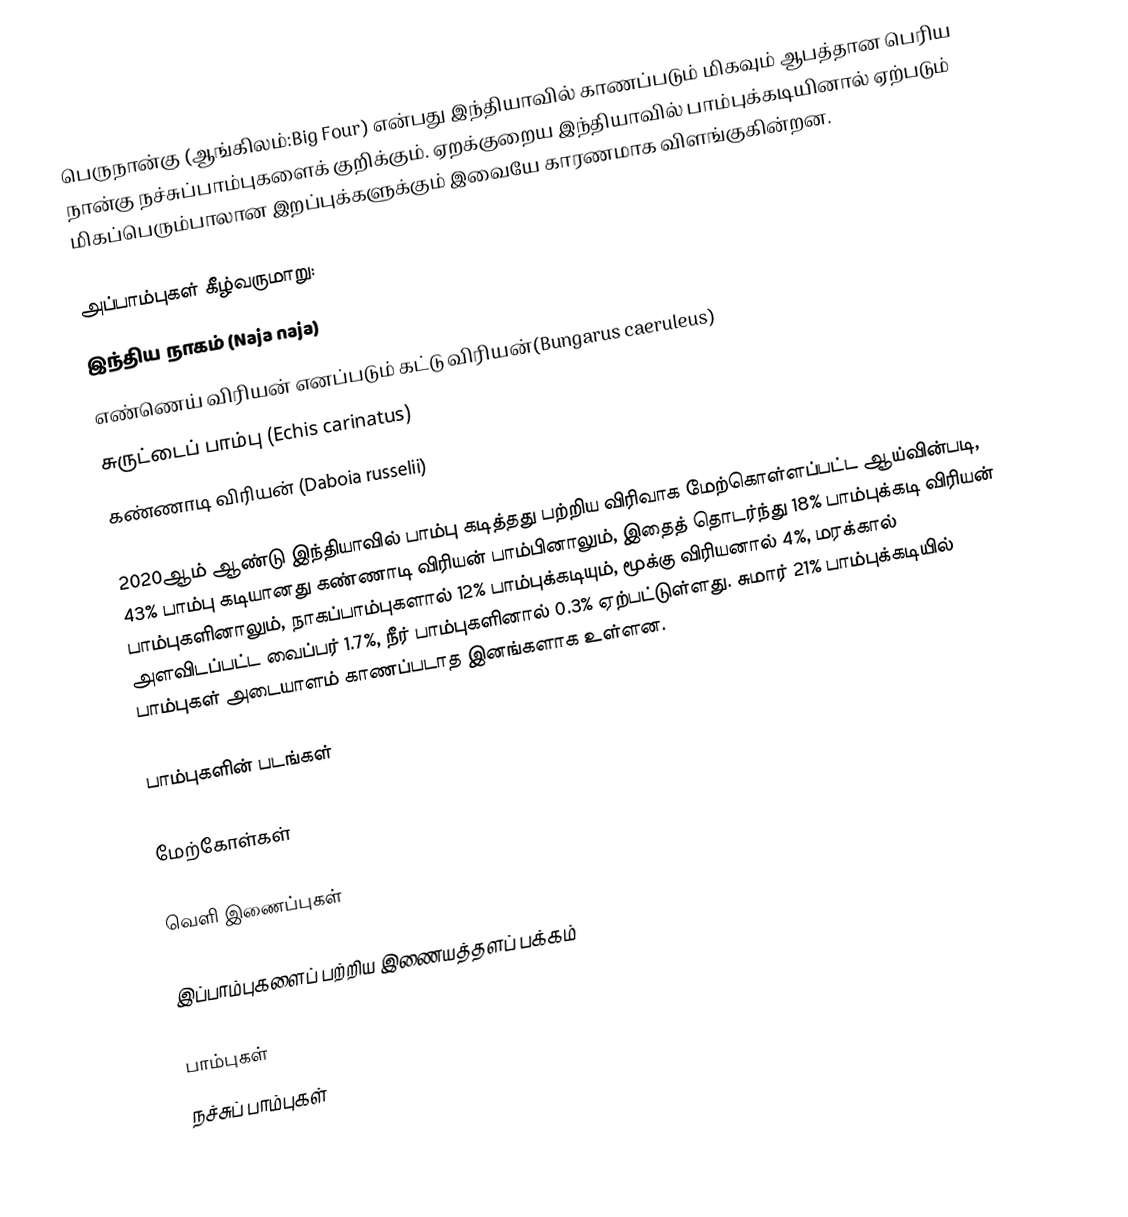
பெருநான்கு (ஆங்கிலம்:Big Four) என்பது இந்தியாவில் காணப்படும் மிகவும் ஆபத்தான பெரிய நான்கு நச்சுப்பாம்புகளைக் குறிக்கும். ஏறக்குறைய இந்தியாவில் பாம்புக்கடியினால் ஏற்படும் மிகப்பெரும்பாலான இறப்புக்களுக்கும் இவையே காரணமாக விளங்குகின்றன.

அப்பாம்புகள் கீழ்வருமாறு:
 இந்திய நாகம் (Naja naja)
 எண்ணெய் விரியன் எனப்படும் கட்டு விரியன்(Bungarus caeruleus)
 சுருட்டைப் பாம்பு (Echis carinatus)
 கண்ணாடி விரியன் (Daboia russelii)

2020ஆம் ஆண்டு இந்தியாவில் பாம்பு கடித்தது பற்றிய விரிவாக மேற்கொள்ளப்பட்ட ஆய்வின்படி, 43% பாம்பு கடியானது கண்ணாடி விரியன் பாம்பினாலும், இதைத் தொடர்ந்து 18% பாம்புக்கடி விரியன் பாம்புகளினாலும், நாகப்பாம்புகளால் 12% பாம்புக்கடியும், மூக்கு விரியனால் 4%, மரக்கால் அளவிடப்பட்ட வைப்பர் 1.7%, நீர் பாம்புகளினால் 0.3% ஏற்பட்டுள்ளது. சுமார் 21% பாம்புக்கடியில் பாம்புகள் அடையாளம் காணப்படாத இனங்களாக உள்ளன.

பாம்புகளின் படங்கள்

மேற்கோள்கள்

வெளி இணைப்புகள்

 இப்பாம்புகளைப் பற்றிய இணையத்தளப் பக்கம்

பாம்புகள்
நச்சுப் பாம்புகள்